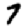
Digit: 7